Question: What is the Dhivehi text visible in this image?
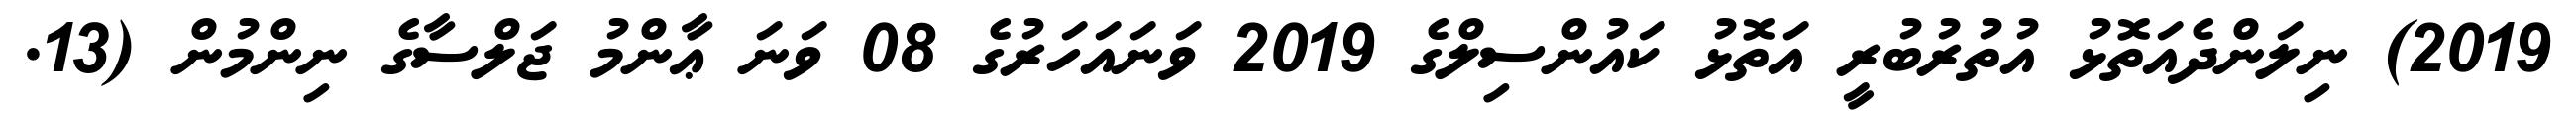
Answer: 2019) ނިލަންދެއަތޮޅު އުތުރުބުރީ އަތޮޅު ކައުންސިލްގެ 2019 ވަނައަހަރުގެ 08 ވަނަ ޢާންމު ޖަލްސާގެ ނިންމުން (13.